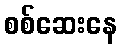
စစ်ဆေးနေ